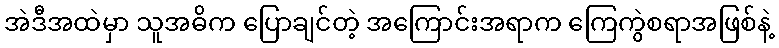
အဲဒီအထဲမှာ သူအဓိက ပြောချင်တဲ့ အကြောင်းအရာက ကြေကွဲစရာအဖြစ်နဲ့